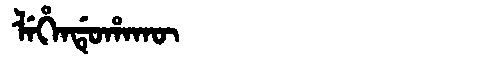
Manchu: ᠯᡝᡥᡝᠨᡩᡠᡥᠠᡴᡡ
Romanization: LEHENDUHAKŪ